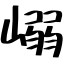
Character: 嵶